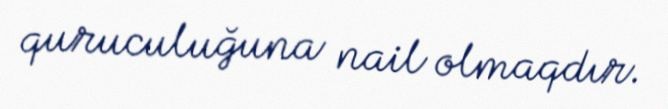
quruculuğuna nail olmaqdır.